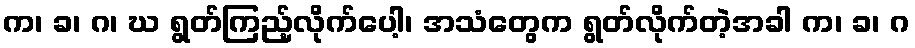
က၊ ခ၊ ဂ၊ ဃ ရွတ်ကြည့်လိုက်ပေါ့၊ အသံတွေက ရွတ်လိုက်တဲ့အခါ က၊ ခ၊ ဂ